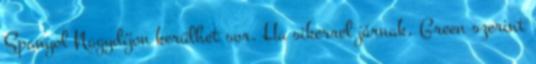
Spanyol Nagydíjon kerülhet sor. Ha sikerrel járnak, Green szerint